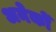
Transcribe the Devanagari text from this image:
अनेकोँ